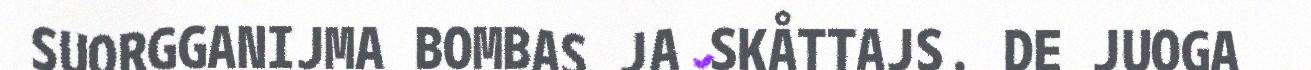
SUORGGANIJMA BOMBAS JA SKÅTTAJS. DE JUOGA